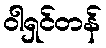
ဝါရှင်တန်